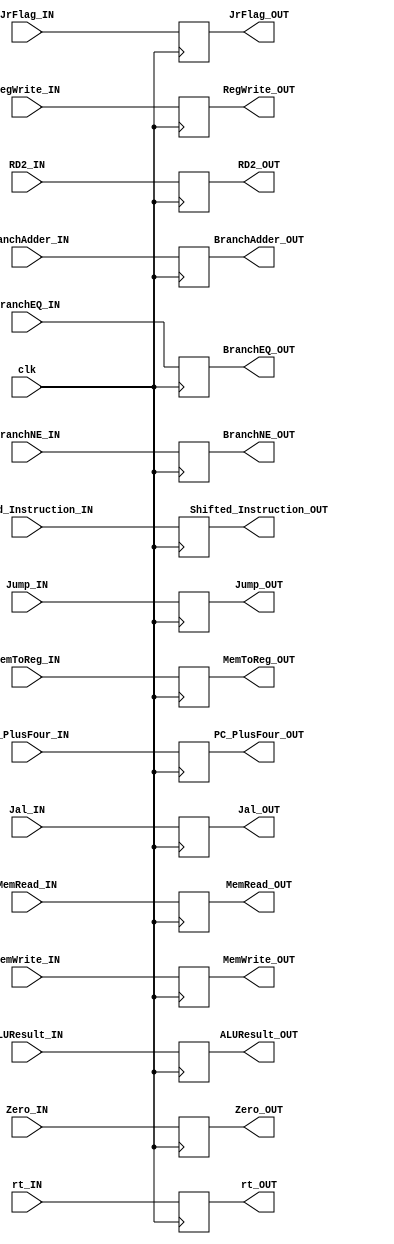
module Pipe_EX_MEM
(
	input clk,
	
	input BranchEQ_IN,
	input BranchNE_IN,
	input Jump_IN,
	input MemRead_IN,
	input MemWrite_IN,
	input MemToReg_IN,
	input Jal_IN,
	input RegWrite_IN,
	input [4:0]  rt_IN,
	input [31:0] PC_PlusFour_IN,
	input [31:0] BranchAdder_IN,
	input [31:0] Shifted_Instruction_IN,
	input [31:0] RD2_IN,
	input [31:0] ALUResult_IN,
	input Zero_IN,
	input JrFlag_IN,
	
	output reg BranchEQ_OUT,
	output reg BranchNE_OUT,
	output reg Jump_OUT,
	output reg MemRead_OUT,
	output reg MemWrite_OUT,
	output reg MemToReg_OUT,
	output reg Jal_OUT,
	output reg RegWrite_OUT,
	output reg [4:0]  rt_OUT,
	output reg [31:0] PC_PlusFour_OUT,
	output reg [31:0] BranchAdder_OUT,
	output reg [31:0] Shifted_Instruction_OUT,
	output reg [31:0] RD2_OUT,
	output reg [31:0] ALUResult_OUT,
	output reg Zero_OUT,
	output reg JrFlag_OUT

);


always@(negedge clk)
	begin
		
		BranchEQ_OUT = BranchEQ_IN;
		BranchNE_OUT = BranchNE_IN;
		Jump_OUT = Jump_IN;
		MemRead_OUT = MemRead_IN;
		MemWrite_OUT = MemWrite_IN;
		MemToReg_OUT = MemToReg_IN;
		Jal_OUT = Jal_IN;
		RegWrite_OUT = RegWrite_IN;
		rt_OUT = rt_IN;
		PC_PlusFour_OUT = PC_PlusFour_IN;
		BranchAdder_OUT = BranchAdder_IN;
		Shifted_Instruction_OUT = Shifted_Instruction_IN;
		RD2_OUT = RD2_IN;
		ALUResult_OUT = ALUResult_IN;
		Zero_OUT = Zero_IN;
		JrFlag_OUT = JrFlag_IN;
		
	end

endmodule